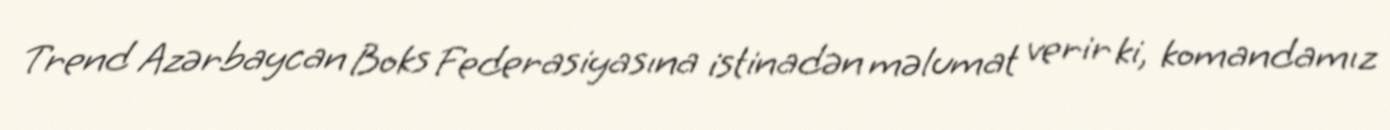
Trend Azərbaycan Boks Federasiyasına istinadən məlumat verir ki, komandamız